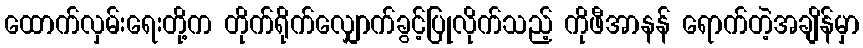
ထောက်လှမ်းရေးတို့က တိုက်ရိုက်လျှောက်ခွင့်ပြုလိုက်သည့် ကိုဖီအာနန် ရောက်တဲ့အချိန်မှာ